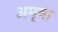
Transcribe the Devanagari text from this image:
अमृषा